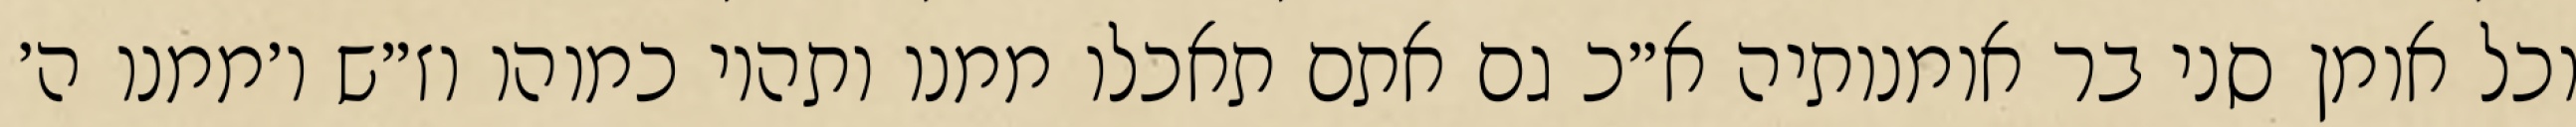
וכל אומן סני בר אומנותיה א״כ גם אתם תאכלו ממנו ותהיו כמוהו וז״ש ו׳ממנו ה׳